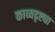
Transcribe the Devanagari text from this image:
काव्यदृष्ट्या